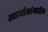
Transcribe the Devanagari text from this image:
सत्ताधीशांमधील